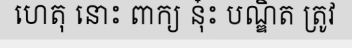
ហេតុ នោះ ពាក្យ នុ៎ះ បណ្ឌិត ត្រូវ